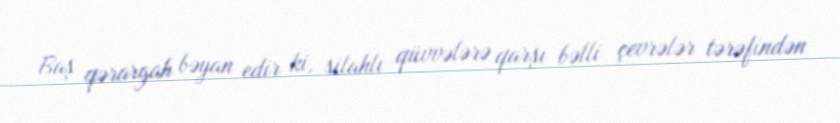
Baş qərargah bəyan edir ki, silahlı qüvvələrə qarşı bəlli çevrələr tərəfindən